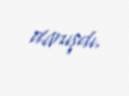
danışdı.